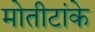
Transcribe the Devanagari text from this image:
मोतीटांके